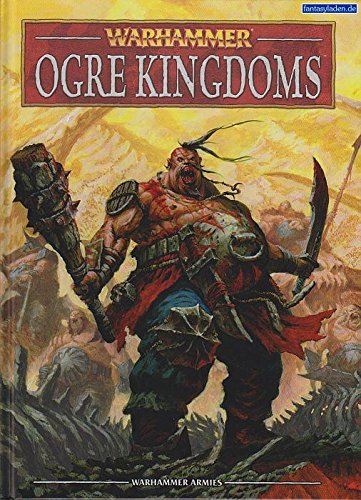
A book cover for Warhammer: Ogre Kingdoms; Jeremy and Jervis Johnson Vetock; Science Fiction & Fantasy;